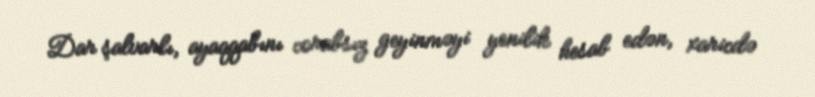
Dar şalvarlı, ayaqqabını corabsız geyinməyi yenilik hesab edən, xaricdə